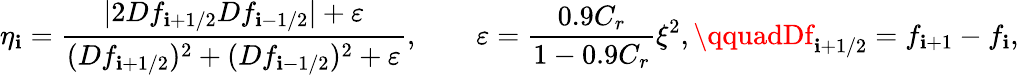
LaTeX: \eta_{\mathbf{i}}=\frac{{|2Df_{\mathbf{i}+1/2}Df_{\mathbf{i}-1/2}|+\varepsilon}}{{(Df_{\mathbf{i}+1/2})^{2}+(Df_{\mathbf{i}-1/2})^{2}+\varepsilon}},\qquad\varepsilon=\frac{{0.9C_{r}}}{{1-0.9C_{r}}}\xi^{2},\qquadDf_{\mathbf{i}+1/2}=f_{\mathbf{i}+1}-f_{\mathbf{i}},